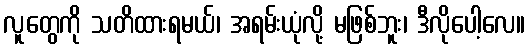
လူတွေကို သတိထားရမယ်၊ အရမ်းယုံလို့ မဖြစ်ဘူး၊ ဒီလိုပေါ့လေ။